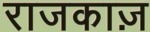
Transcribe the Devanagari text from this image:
राजकाज़